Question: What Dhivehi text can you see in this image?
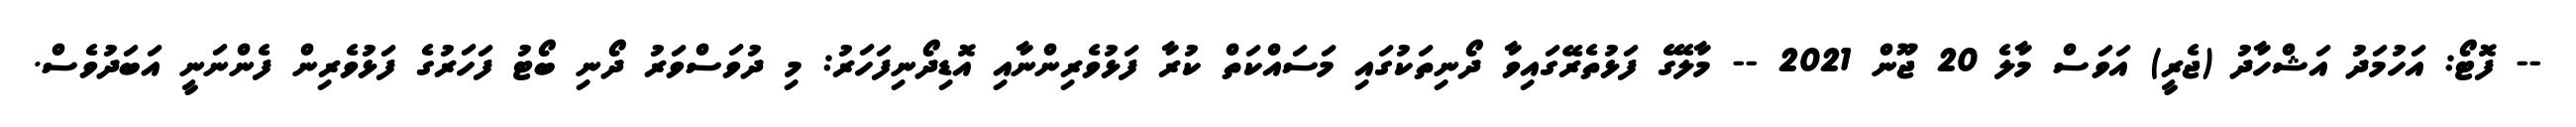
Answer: -- ފޮޓޯ: އަހުމަދު އަޝްހާދު (ޖެރީ) އަވަސް މާލެ 20 ޖޫން 2021 -- މާލޭގެ ފަޅުތެރޭގައިވާ ދޯނިތަކުގައި މަސައްކަތް ކުރާ ފަޅުވެރިންނާއި އޮޑިދޯނިފަހަރު: މި ދުވަސްވަރު ދޯނި ބޯޓު ފަހަރުގެ ފަޅުވެރިން ފެންނަނީ އަބަދުވެސް.